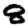
Digit: 8